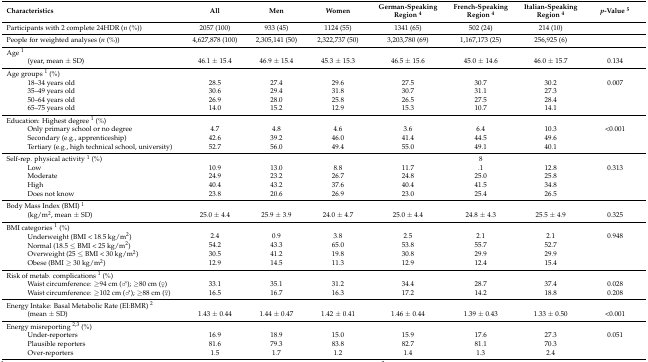
<table><thead><tr><td><b>Characteristics</b></td><td><b>All</b></td><td><b>Men</b></td><td><b>Women</b></td><td><b>German-Speaking Region <sup>4</sup></b></td><td><b>French-Speaking Region <sup>4</sup></b></td><td><b>Italian-Speaking Region <sup>4</sup></b></td><td><b><i>p</i>-Value <sup>5</sup></b></td></tr></thead><tbody><tr><td>Participants with 2 complete 24HDR (<i>n</i> (%))</td><td>2057 (100)</td><td>933 (45)</td><td>1124 (55)</td><td>1341 (65)</td><td>502 (24)</td><td>214 (10)</td><td></td></tr><tr><td>People for weighted analyses (<i>n</i> (%))</td><td>4,627,878 (100)</td><td>2,305,141 (50)</td><td>2,322,737 (50)</td><td>3,203,780 (69)</td><td>1,167,173 (25)</td><td>256,925 (6)</td><td></td></tr><tr><td>Age <sup>1</sup></td><td></td><td></td><td></td><td></td><td></td><td></td><td></td></tr><tr><td>(year, mean ± SD)</td><td>46.1 ± 15.4</td><td>46.9 ± 15.4</td><td>45.3 ± 15.3</td><td>46.5 ± 15.6</td><td>45.0 ± 14.6</td><td>46.0 ± 15.7</td><td>0.134</td></tr><tr><td>Age groups <sup>1</sup> (%)</td><td></td><td></td><td></td><td></td><td></td><td></td><td></td></tr><tr><td>18–34 years old</td><td>28.5</td><td>27.4</td><td>29.6</td><td>27.5</td><td>30.7</td><td>30.2</td><td>0.007</td></tr><tr><td>35–49 years old</td><td>30.6</td><td>29.4</td><td>31.8</td><td>30.7</td><td>31.1</td><td>27.3</td><td></td></tr><tr><td>50–64 years old</td><td>26.9</td><td>28.0</td><td>25.8</td><td>26.5</td><td>27.5</td><td>28.4</td><td></td></tr><tr><td>65–75 years old</td><td>14.0</td><td>15.2</td><td>12.9</td><td>15.3</td><td>10.7</td><td>14.1</td><td></td></tr><tr><td>Education: Highest degree <sup>1</sup> (%)</td><td></td><td></td><td></td><td></td><td></td><td></td><td></td></tr><tr><td>Only primary school or no degree</td><td>4.7</td><td>4.8</td><td>4.6</td><td>3.6</td><td>6.4</td><td>10.3</td><td>&lt;0.001</td></tr><tr><td>Secondary (e.g., apprenticeship)</td><td>42.6</td><td>39.2</td><td>46.0</td><td>41.4</td><td>44.5</td><td>49.6</td><td></td></tr><tr><td>Tertiary (e.g., high technical school, university)</td><td>52.7</td><td>56.0</td><td>49.4</td><td>55.0</td><td>49.1</td><td>40.1</td><td></td></tr><tr><td>Self-rep. physical activity <sup>1</sup> (%)</td><td></td><td></td><td></td><td></td><td>8</td><td></td><td></td></tr><tr><td>Low</td><td>10.9</td><td>13.0</td><td>8.8</td><td>11.7</td><td>.1</td><td>12.8</td><td>0.313</td></tr><tr><td>Moderate</td><td>24.9</td><td>23.2</td><td>26.7</td><td>24.8</td><td>25.0</td><td>25.8</td><td></td></tr><tr><td>High</td><td>40.4</td><td>43.2</td><td>37.6</td><td>40.4</td><td>41.5</td><td>34.8</td><td></td></tr><tr><td>Does not know</td><td>23.8</td><td>20.6</td><td>26.9</td><td>23.0</td><td>25.4</td><td>26.5</td><td></td></tr><tr><td>Body Mass Index (BMI) <sup>1</sup></td><td></td><td></td><td></td><td></td><td></td><td></td><td></td></tr><tr><td>(kg/m<sup>2</sup>, mean ± SD)</td><td>25.0 ± 4.4</td><td>25.9 ± 3.9</td><td>24.0 ± 4.7</td><td>25.0 ± 4.4</td><td>24.8 ± 4.3</td><td>25.5 ± 4.9</td><td>0.325</td></tr><tr><td>BMI categories <sup>1</sup> (%)</td><td></td><td></td><td></td><td></td><td></td><td></td><td></td></tr><tr><td>Underweight (BMI &lt; 18.5 kg/m<sup>2</sup>)</td><td>2.4</td><td>0.9</td><td>3.8</td><td>2.5</td><td>2.1</td><td>2.1</td><td>0.948</td></tr><tr><td>Normal (18.5 ≤ BMI &lt; 25 kg/m<sup>2</sup>)</td><td>54.2</td><td>43.3</td><td>65.0</td><td>53.8</td><td>55.7</td><td>52.7</td><td></td></tr><tr><td>Overweight (25 ≤ BMI &lt; 30 kg/m<sup>2</sup>)</td><td>30.5</td><td>41.2</td><td>19.8</td><td>30.8</td><td>29.9</td><td>29.9</td><td></td></tr><tr><td>Obese (BMI ≥ 30 kg/m<sup>2</sup>)</td><td>12.9</td><td>14.5</td><td>11.3</td><td>12.9</td><td>12.4</td><td>15.4</td><td></td></tr><tr><td>Risk of metab. complications <sup>1</sup> (%)</td><td></td><td></td><td></td><td></td><td></td><td></td><td></td></tr><tr><td>Waist circumference: ≥94 cm (♂); ≥80 cm (♀)</td><td>33.1</td><td>35.1</td><td>31.2</td><td>34.4</td><td>28.7</td><td>37.4</td><td>0.028</td></tr><tr><td>Waist circumference: ≥102 cm (♂); ≥88 cm (♀)</td><td>16.5</td><td>16.7</td><td>16.3</td><td>17.2</td><td>14.2</td><td>18.8</td><td>0.208</td></tr><tr><td>Energy Intake: Basal Metabolic Rate (EI:BMR) <sup>2</sup></td><td></td><td></td><td></td><td></td><td></td><td></td><td></td></tr><tr><td>(mean ± SD)</td><td>1.43 ± 0.44</td><td>1.44 ± 0.47</td><td>1.42 ± 0.41</td><td>1.46 ± 0.44</td><td>1.39 ± 0.43</td><td>1.33 ± 0.50</td><td>&lt;0.001</td></tr><tr><td>Energy misreporting <sup>2,3</sup> (%)</td><td></td><td></td><td></td><td></td><td></td><td></td><td></td></tr><tr><td>Under-reporters</td><td>16.9</td><td>18.9</td><td>15.0</td><td>15.9</td><td>17.6</td><td>27.3</td><td>0.051</td></tr><tr><td>Plausible reporters</td><td>81.6</td><td>79.3</td><td>83.8</td><td>82.7</td><td>81.1</td><td>70.3</td><td></td></tr><tr><td>Over-reporters</td><td>1.5</td><td>1.7</td><td>1.2</td><td>1.4</td><td>1.3</td><td>2.4</td><td></td></tr></tbody></table>